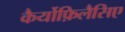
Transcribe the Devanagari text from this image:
कैर्योफ़िलैसिए